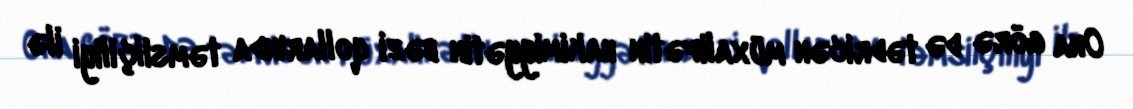
Ona görə də tədricən müxalifətin hakimiyyətin bəzi qollarında təmsilçiliyi ilə